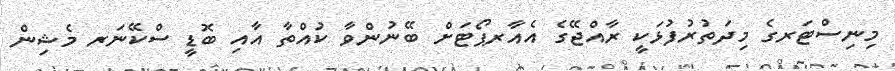
މިނިސްޓަރގެ މިދަތުރުފުޅަކީ ރާއްޖޭގެ އެއާރޕޯޓަށް ބޭނުންވާ ކުއްތާ އާއި ބޮޑީ ސްކޭނަރ މެޝިން